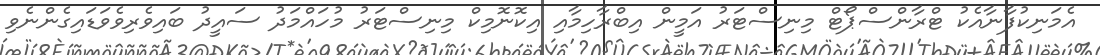
އެމަނިކުފާނާއެކު ޓްރާންސްޕޯޓް މިނިސްޓަރު އަމީން އިބްރާހިމާއި އިކޮނޮމިކް މިނިސްޓަރު މުހައްމަދު ސައީދު ބައިވެރިވެވަޑައިގެންނެވި